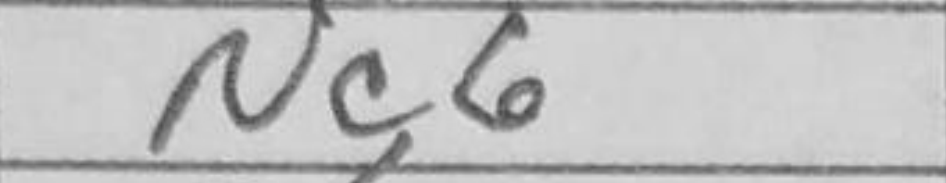
Transcription: Nc6